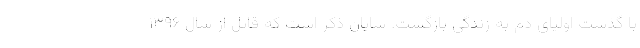
با گذشت اولیای دم به زندگی بازگشت. شایان ذکر است که قاتل از سال ۱۳۹۶